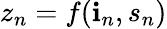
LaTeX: z_{n}=f(\mathbf{i}_{n},s_{n})